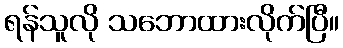
ရန်သူလို သဘောထားလိုက်ပြီ။